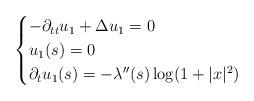
LaTeX: \begin{align*}\begin{cases} -\partial_{tt}u_{1}+\Delta u_{1}=0\\u_{1}(s)=0\\\partial_{t}u_{1}(s)=-\lambda''(s)\log(1+|x|^{2})\end{cases}\end{align*}